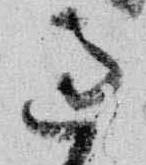
過